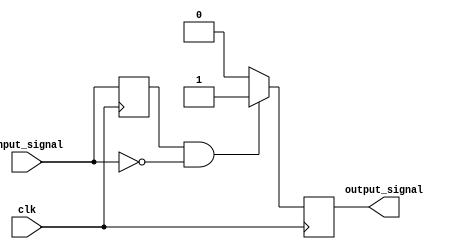
module impulse_generator (input clk,
                          input input_signal,
                          output reg output_signal);
    
    reg prev_input = 1;
    
    always @ ( posedge clk ) begin
        if ( prev_input == 1 && input_signal == 0 )
            output_signal <= 1;
        else
            output_signal <= 0;
        
        prev_input <= input_signal;
    end
    
endmodule